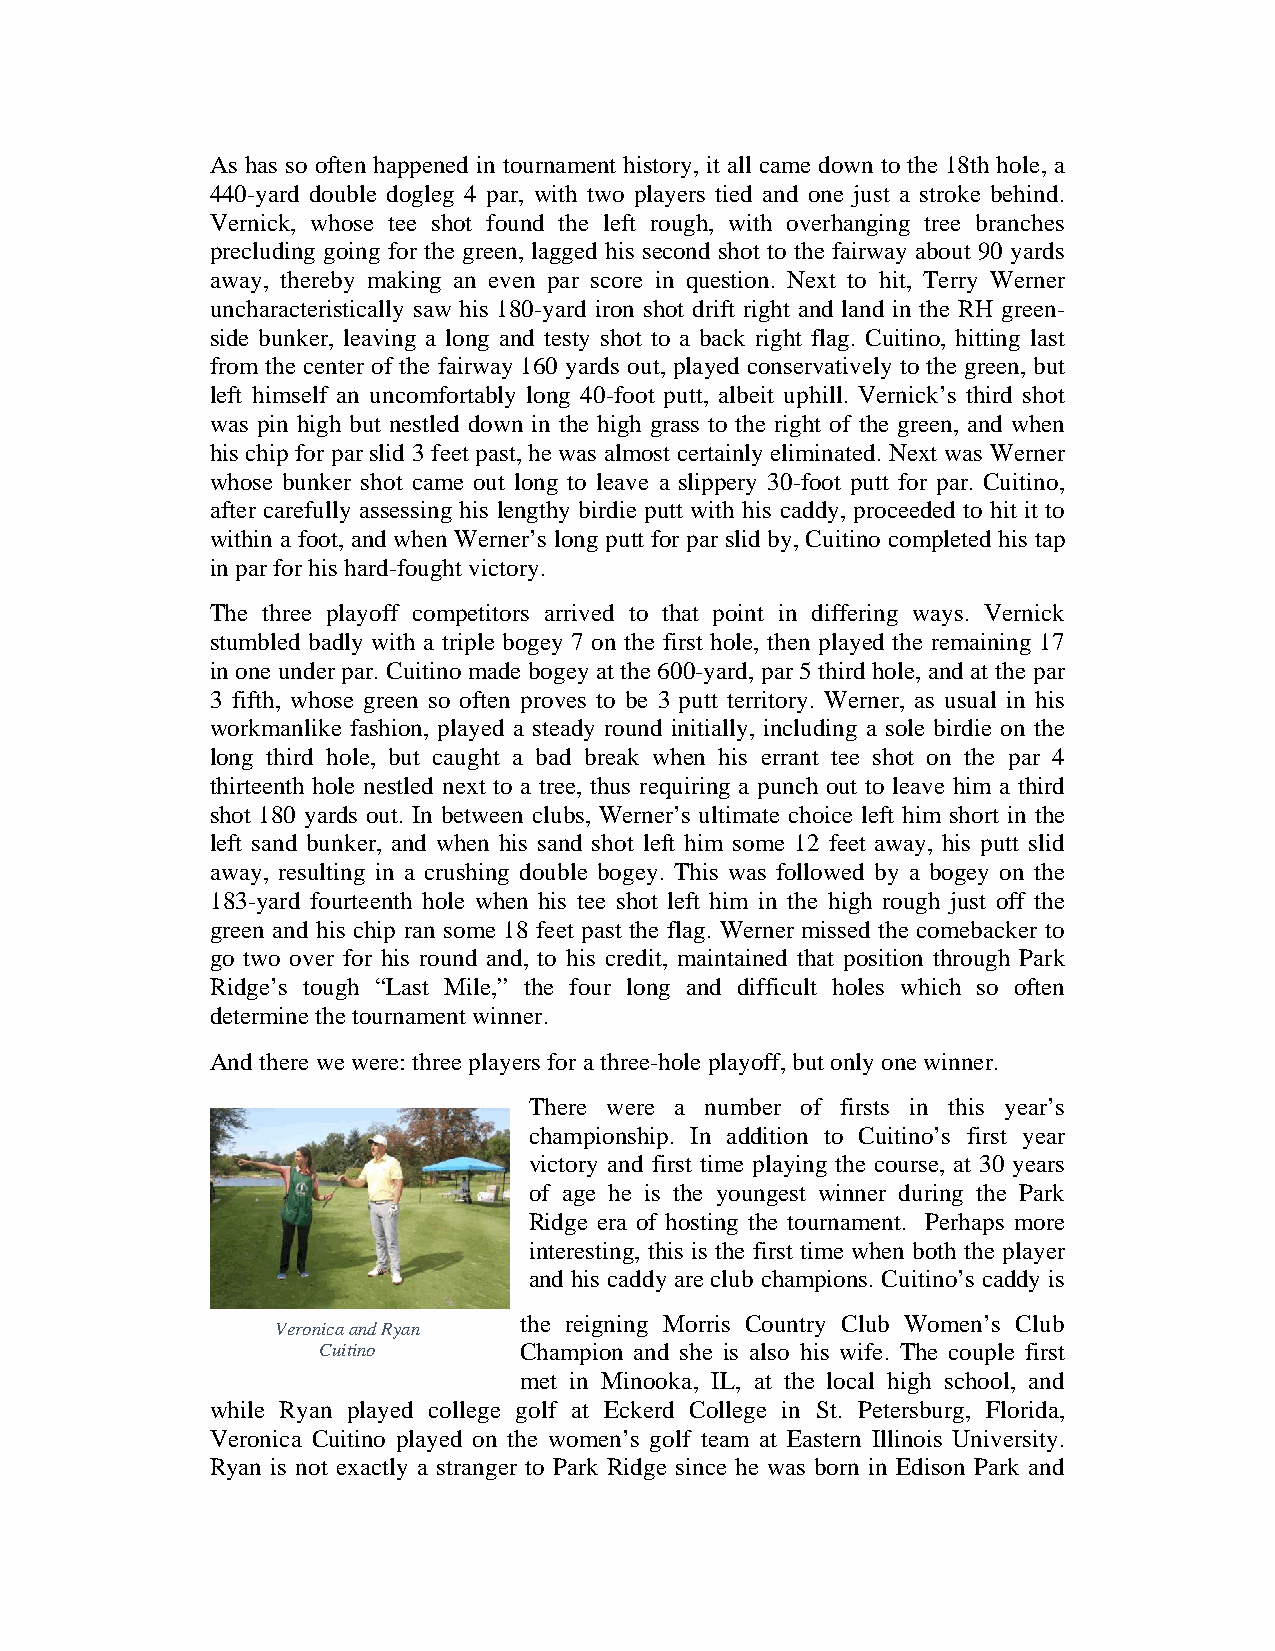
As has so often happened in tournament history, it all came down to the 18th hole, a
 440-yard double dogleg 4 par, with two players tied and one just a stroke behind.
 Vernick, whose tee shot found the left rough, with overhanging tree branches
 precluding going for the green, lagged his second shot to the fairway about 90 yards
 away, thereby making an even par score in question. Next to hit, Terry Werner
 uncharacteristically saw his 180-yard iron shot drift right and land in the RH green-
 side bunker, leaving a long and testy shot to a back right flag. Cuitino, hitting last
 from the center of the fairway 160 yards out, played conservatively to the green, but
 left himself an uncomfortably long 40-foot putt, albeit uphill. Vernick’s third shot
 was pin high but nestled down in the high grass to the right of the green, and when
 his chip for par slid 3 feet past, he was almost certainly eliminated. Next was Werner
 whose bunker shot came out long to leave a slippery 30-foot putt for par. Cuitino,
 after carefully assessing his lengthy birdie putt with his caddy, proceeded to hit it to
 within a foot, and when Werner’s long putt for par slid by, Cuitino completed his tap
 in par for his hard-fought victory.
 The three playoff competitors arrived to that point in differing ways. Vernick
 stumbled badly with a triple bogey 7 on the first hole, then played the remaining 17
 in one under par. Cuitino made bogey at the 600-yard, par 5 third hole, and at the par
 3 fifth, whose green so often proves to be 3 putt territory. Werner, as usual in his
 workmanlike fashion, played a steady round initially, including a sole birdie on the
 long third hole, but caught a bad break when his errant tee shot on the par 4
 thirteenth hole nestled next to a tree, thus requiring a punch out to leave him a third
 shot 180 yards out. In between clubs, Werner’s ultimate choice left him short in the
 left sand bunker, and when his sand shot left him some 12 feet away, his putt slid
 away, resulting in a crushing double bogey. This was followed by a bogey on the
 183-yard fourteenth hole when his tee shot left him in the high rough just off the
 green and his chip ran some 18 feet past the flag. Werner missed the comebacker to
 go two over for his round and, to his credit, maintained that position through Park
 Ridge’s tough “Last Mile,” the four long and difficult holes which so often
 determine the tournament winner.
 And there we were: three players for a three-hole playoff, but only one winner.
 There were a number of firsts in this year’s
 championship. In addition to Cuitino’s first year
 victory and first time playing the course, at 30 years
 of age he is the youngest winner during the Park
 Ridge era of hosting the tournament. Perhaps more
 interesting, this is the first time when both the player
 and his caddy are club champions. Cuitino’s caddy is
 the reigning Morris Country Club Women’s Club
 Veronica and Ryan
 Cuitino      Champion and she is also his wife. The couple first
 met in Minooka, IL, at the local high school, and
 while Ryan played college golf at Eckerd College in St. Petersburg, Florida,
 Veronica Cuitino played on the women’s golf team at Eastern Illinois University.
 Ryan is not exactly a stranger to Park Ridge since he was born in Edison Park and